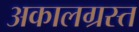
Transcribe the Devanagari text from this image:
अकालग्रस्त